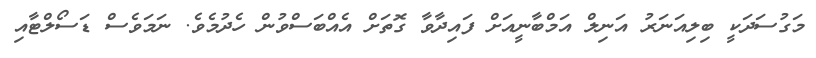
މަގުސަދަކީ ބިލިއަނަރު އަނިލް އަމްބާނީއަށް ފައިދާވާ ގޮތަށް އެއްބަސްވުން ހެދުމެވެ. ނަމަވެސް ޑަސޯލްޓާއި